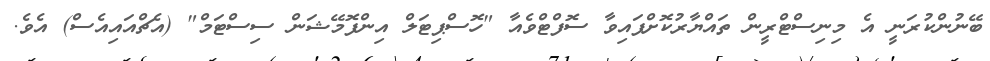
ބޭނުންކުރަނީ އެ މިނިސްޓްރީން ތައްޔާރުކޮށްފައިވާ ސޮފްޓްވެއާ "ހޮސްޕިޓަލް އިންފޮމޭޝަން ސިސްޓަމް" (އެޗްއައިއެސް) އެވެ.